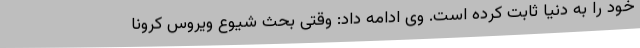
خود را به دنیا ثابت کرده است. وی ادامه داد: وقتی بحث شیوع ویروس کرونا